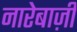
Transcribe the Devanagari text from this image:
नारेबाज़ी